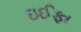
ઇઈફા